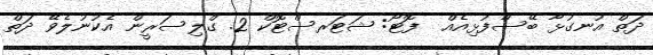
ދަތް އުނގުޅާ ބޭސްފުޅިއެއް  ފޮޓޯ: ޝަޓަރސްޓޮކް 2. ގްލިސަރީން އެކުނުލެވޭ ދަތް